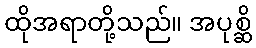
ထိုအရာတို့သည်။ အပုစ္ဆိ